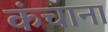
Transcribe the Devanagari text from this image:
कंचाना